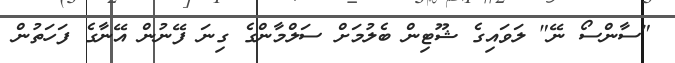
"ސާންސޯ ނޭ" ލަވައިގެ ޝޫޓިން ބެލުމަށް ސަލްމާންގެ ގިނަ ފޭނުން އޭނާގެ ފަހަތުން